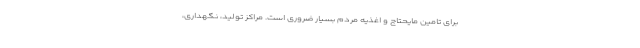
برای تامین مایحتاج و اغذیه مردم بسیار ضروری است. مراکز تولید، نگهداری،